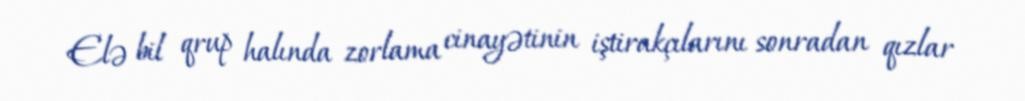
Elə bil qrup halında zorlama cinayətinin iştirakçılarını sonradan qızlar